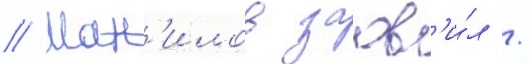
// Ман'илов заав'и́л /